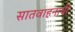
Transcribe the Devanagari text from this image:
सातवाहनाची